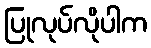
ပြုလုပ်လိုပါက